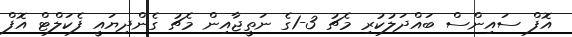
އޮފް ސައިންސް ބައްދަލުކުރި މެޗު 3-1ގެ ނަތީޖާއިން މެޗު ގެންދިޔައީ ފެކަލްޓް އޮފް